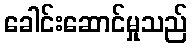
ခေါင်းဆောင်မှုသည်